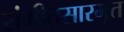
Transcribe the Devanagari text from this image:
संगीतसारमृत